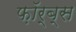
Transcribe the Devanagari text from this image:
फ़ॉर्ब्स